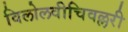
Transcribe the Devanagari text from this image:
विलोलवीचिवल्लरी